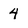
Character: 4